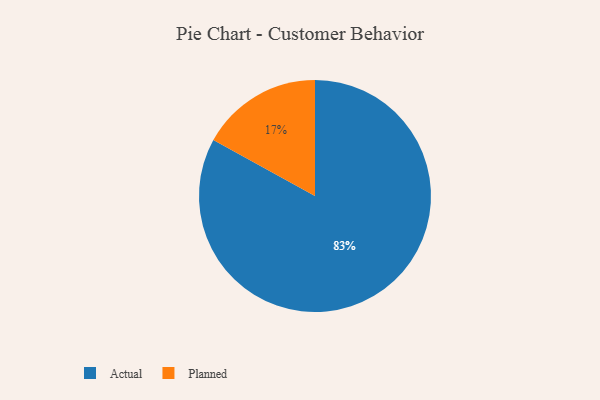
{"axis": {"x": "Category", "y": "Percentage"}, "legend": ["Actual", "Planned"], "data": [{"x": "Planned", "y": 17, "type": "Planned"}, {"x": "Actual", "y": 83, "type": "Actual"}]}